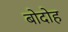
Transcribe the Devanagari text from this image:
बोदोह